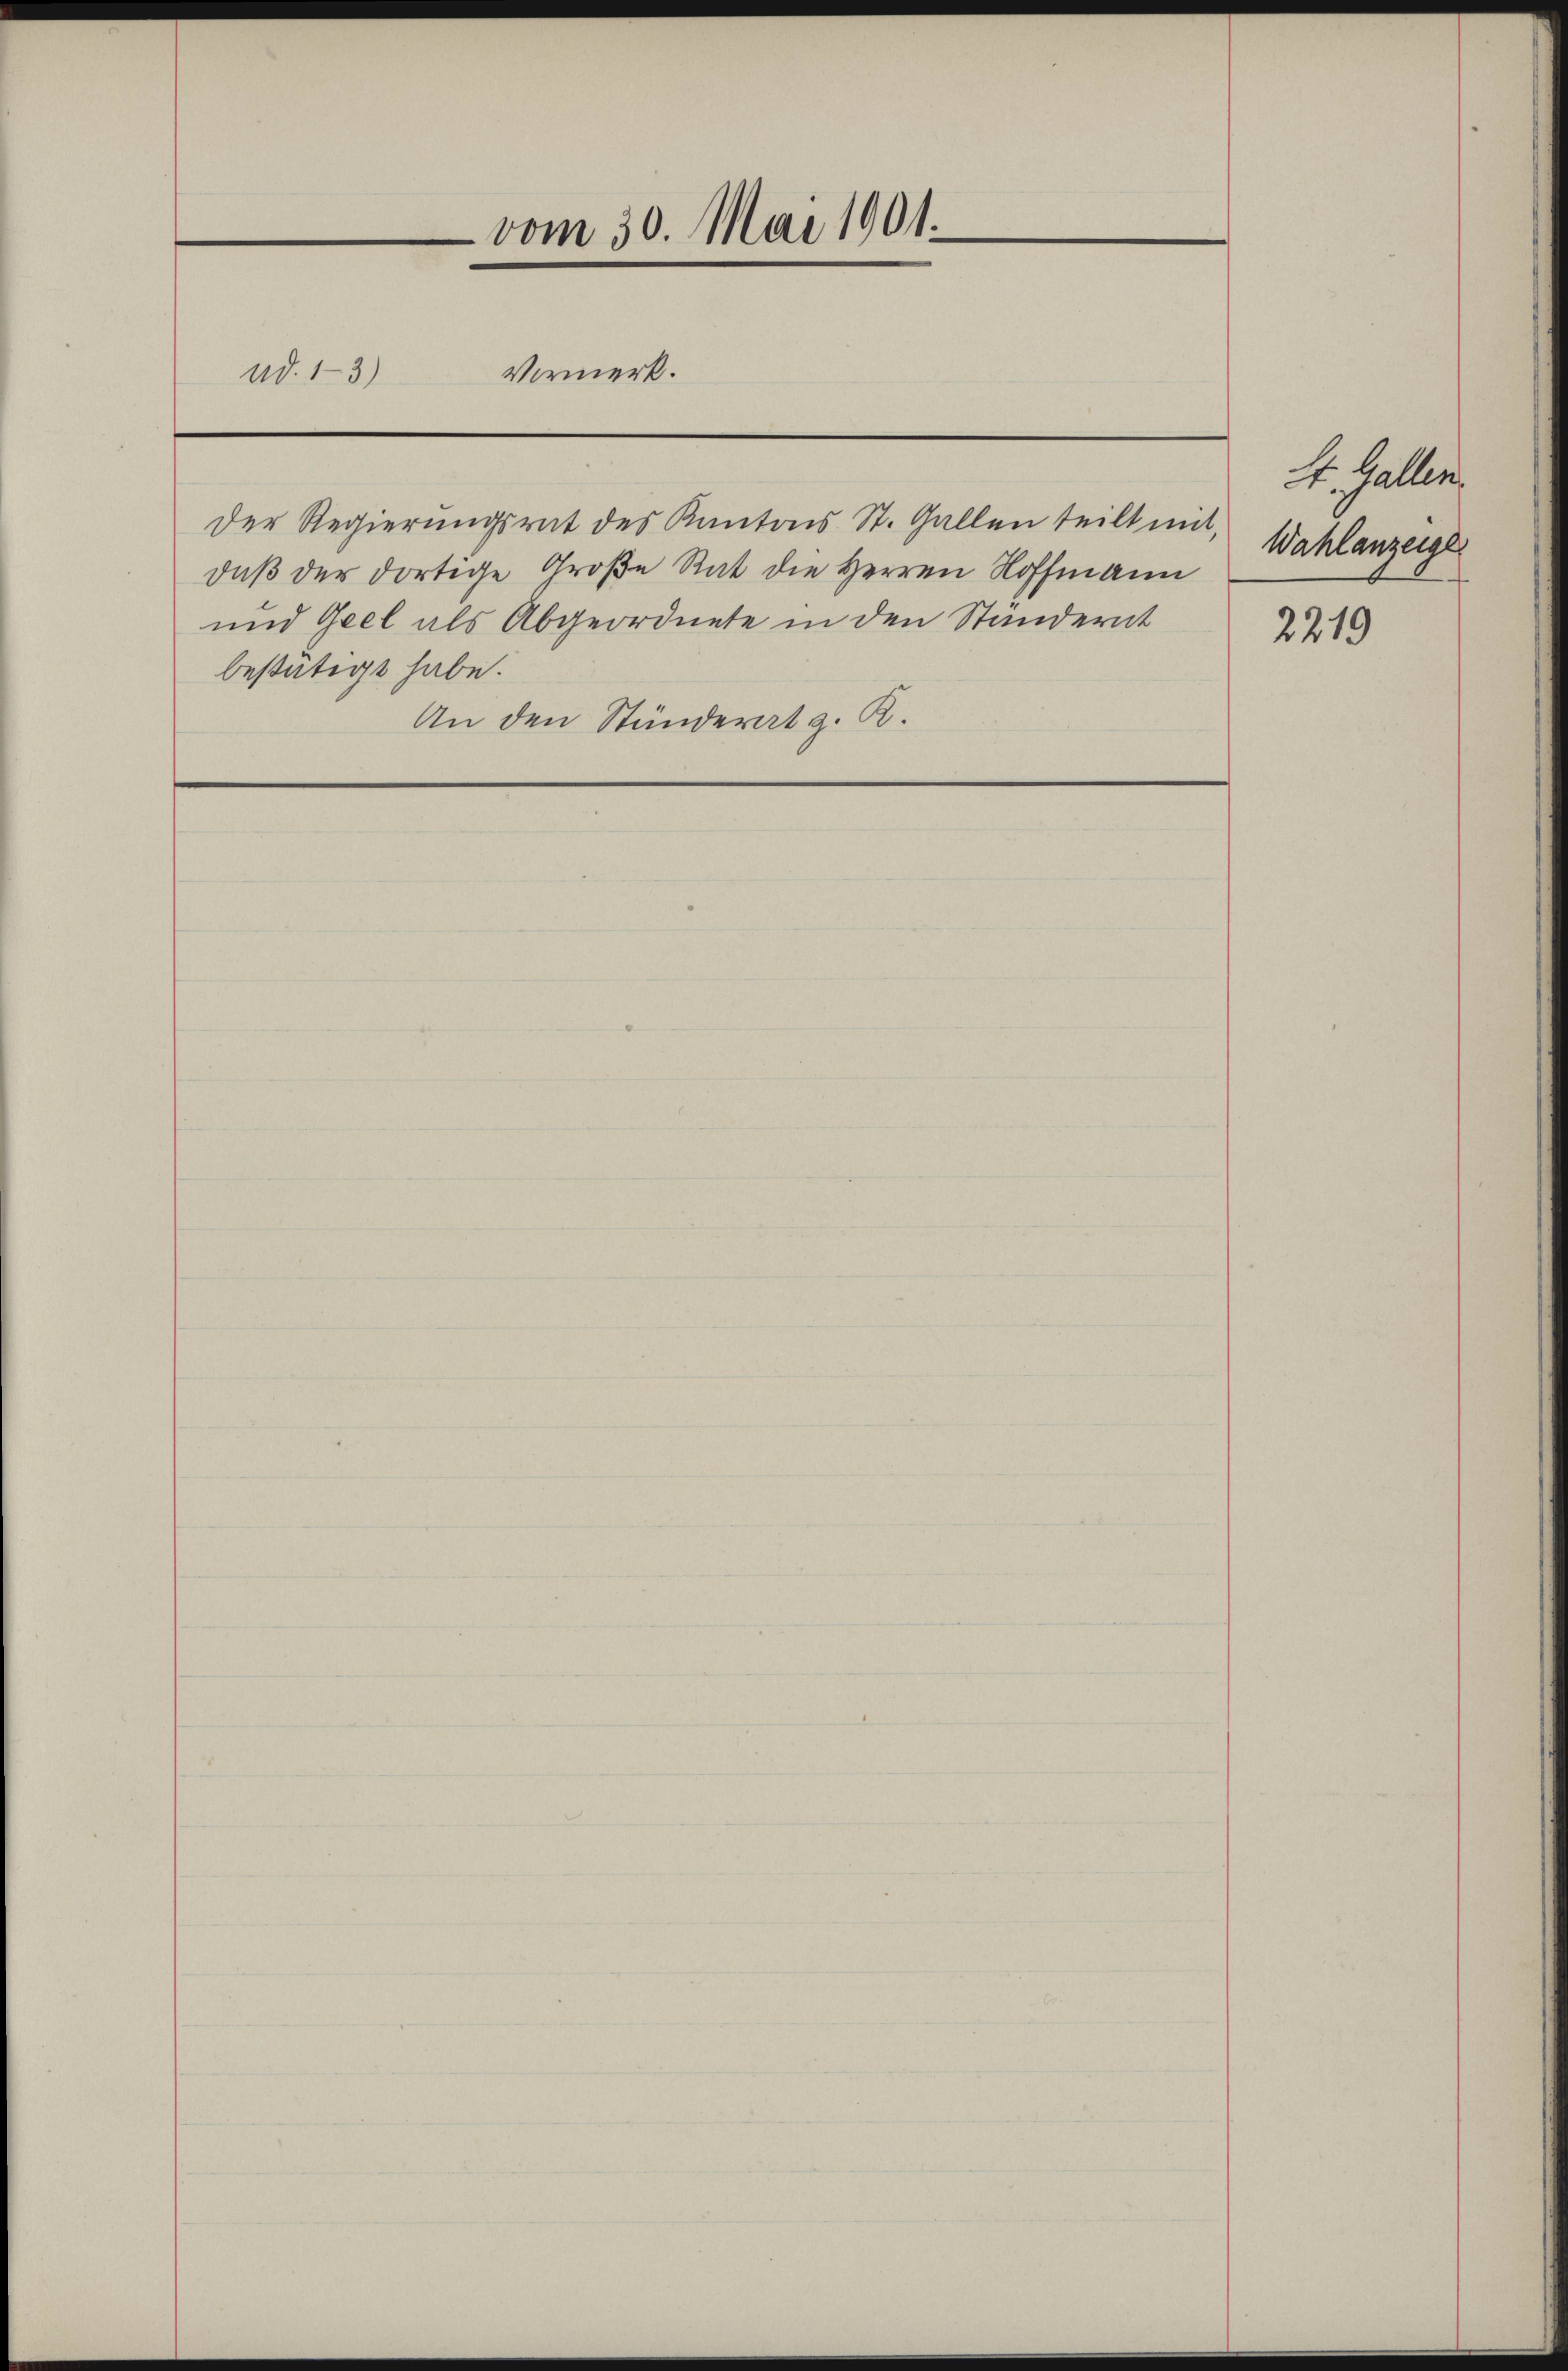
vom 30. Mai 1901.
Vermerk.
ad. 13)

Der Regierŭngsrat des Kantons St. Gallen teilt mit Wahlanzeige
daß der dortige Große Rat die Herren Hoffmann
und Geel als Abgeordnete in den Ständernt
bestätigt habe.
An den Ständerat z. B.

St. Gallen.
2219